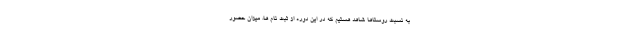
به نسبت روستاها شاهد هستیم که در این دوره از ثبت نام ها، میزان حضور